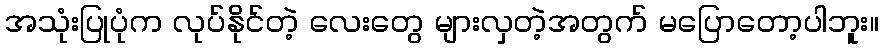
အသုံးပြုပုံက လုပ်နိုင်တဲ့ လေးတွေ များလှတဲ့အတွက် မပြောတော့ပါဘူး။